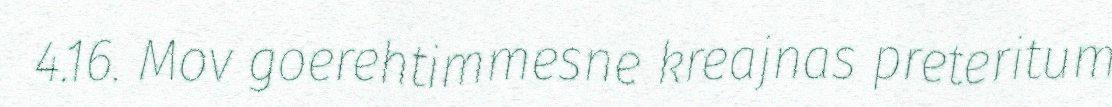
4.16. Mov goerehtimmesne kreajnas preteritum